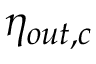
\eta _ { o u t , c }